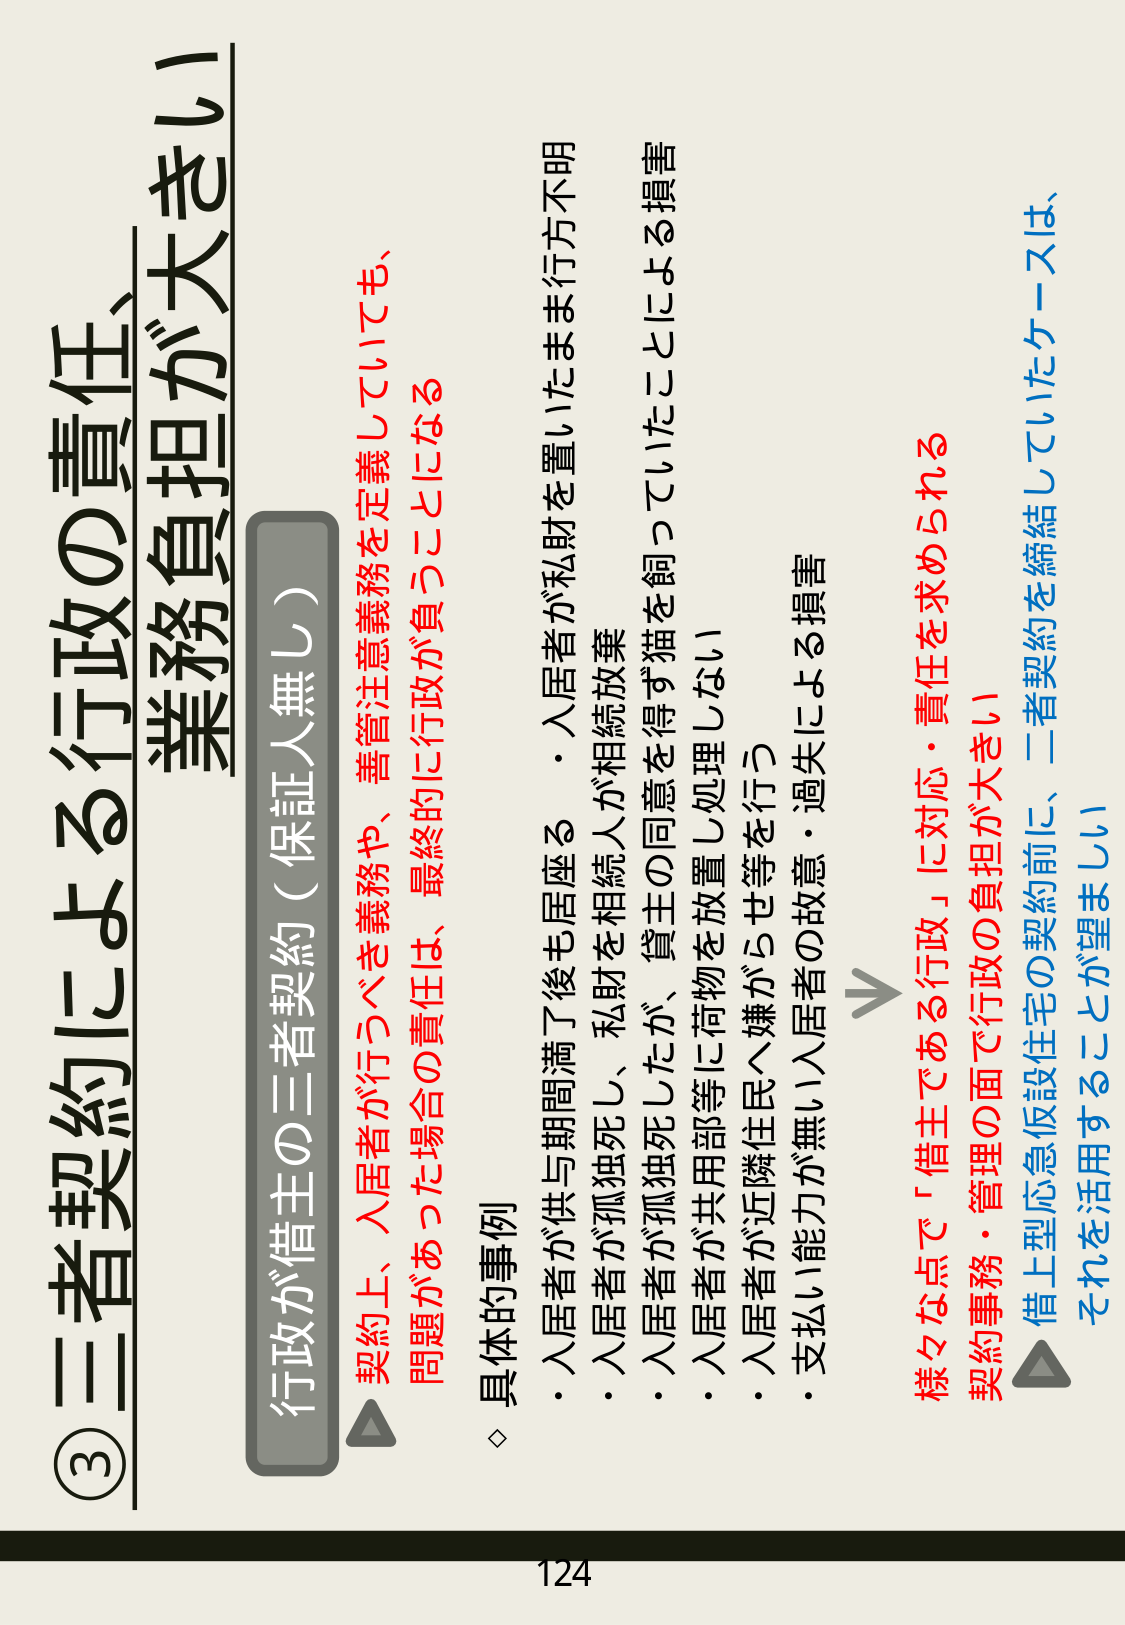
③三者契約による行政の責任、業務負担が大きい

行政が借主の三者契約（保証人無し）

△契約上、入居者が行うべき義務や、善管注意義務を定義していても、
問題があった場合の責任は、最終的に行政が負うことになる

◇ 具体的事例
・入居者が供与期間満了後も居座る
・入居者が孤独死し、私財を相続人が相続放棄
・入居者が孤独死したが、貸主の同意を得ず猫を飼っていたことによる損害
・入居者が共用部等に荷物を放置し処理しない
・入居者が近隣住民へ嫌がらせ等を行う
・支払い能力が無い入居者の故意・過失による損害

→
様々な点で「借主である行政」に対応・責任を求められる
契約事務・管理の面で行政の負担が大きい
△借上型応急仮設住宅の契約前に、二者契約を締結していたケースは、
それを活用することが望ましい

124